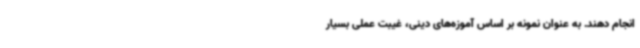
انجام دهند. به عنوان نمونه بر اساس آموزه‌های دینی، غیبت عملی بسیار